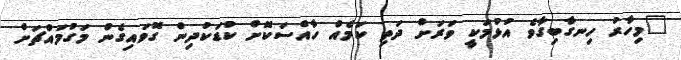
"މިހާރު ހިނގާބިގާވެ އުޅުމަކީ ވަރަށް ދަތި ކަމެއް ހާއްސަކޮށް ކުޑަކުދިން ގޮވައިގެން މަގުމައްޗަށް